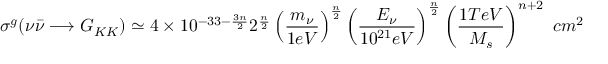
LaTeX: \sigma ^ { g } ( \nu \bar { \nu } \longrightarrow G _ { K K } ) \simeq 4 \times 1 0 ^ { - 3 3 - \frac { 3 n } { 2 } } 2 ^ { \frac { n } { 2 } } \left( \frac { { m _ { \nu } } } { 1 e V } \right) ^ { \frac { n } { 2 } } \left( \frac { E _ { \nu } } { 1 0 ^ { 2 1 } e V } \right) ^ { \frac { n } { 2 } } \left( \frac { 1 T e V } { { M _ { s } } } \right) ^ { n + 2 } ~ c m ^ { 2 }